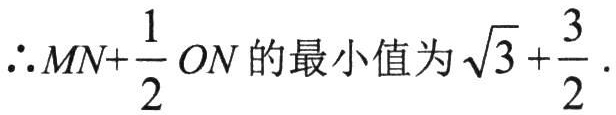
\(\therefore MN+\frac{1}{2}ON\)的最小值为\(\sqrt{3}+\frac{3}{2}\).